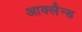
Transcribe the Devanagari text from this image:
आक्लैन्ड